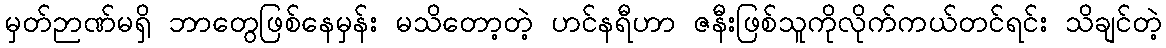
မှတ်ဉာဏ်မရှိ ဘာတွေဖြစ်နေမှန်း မသိတော့တဲ့ ဟင်နရီဟာ ဇနီးဖြစ်သူကိုလိုက်ကယ်တင်ရင်း သိချင်တဲ့